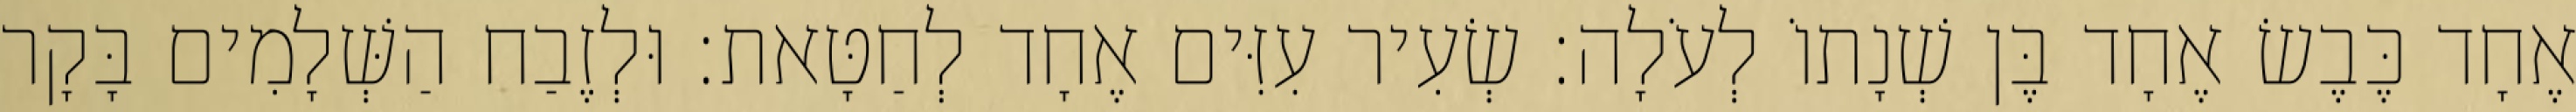
אֶחָד כֶּבֶשׂ אֶחָד בֶּן שְׁנָתוֹ לְעֹלָה׃ שְׂעִיר עִזִּים אֶחָד לְחַטָּאת׃ וּלְזֶבַח הַשְּׁלָמִים בָּקָר